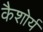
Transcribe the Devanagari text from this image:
कैशोर्य